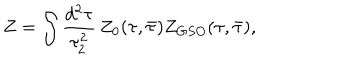
Z = \int \frac { d ^ { 2 } \tau } { \tau _ { 2 } ^ { 2 } } \, Z _ { 0 } ( \tau , \bar { \tau } ) Z _ { G S O } ( \tau , \bar { \tau } ) ,